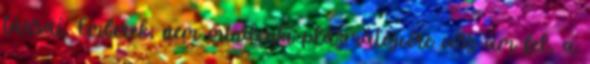
társai. Emberek, nem mindenki plázmátéjvére vesz ám fel, a